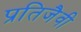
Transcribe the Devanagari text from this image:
प्रतिजैवी